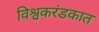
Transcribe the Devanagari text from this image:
विश्वकरंडकात